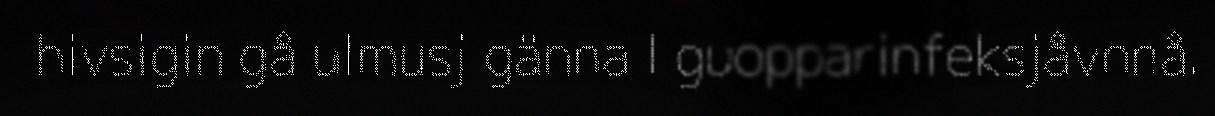
hivsigin gå ulmusj gänna l guopparinfeksjåvnnå.